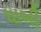
ધાબી